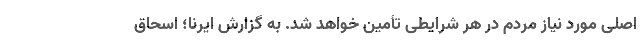
اصلی مورد نیاز مردم در هر شرایطی تأمین خواهد شد. به گزارش ایرنا؛ اسحاق